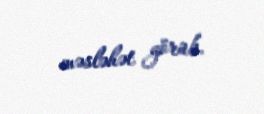
məsləhət görüb.